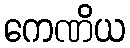
ကေဏိယ